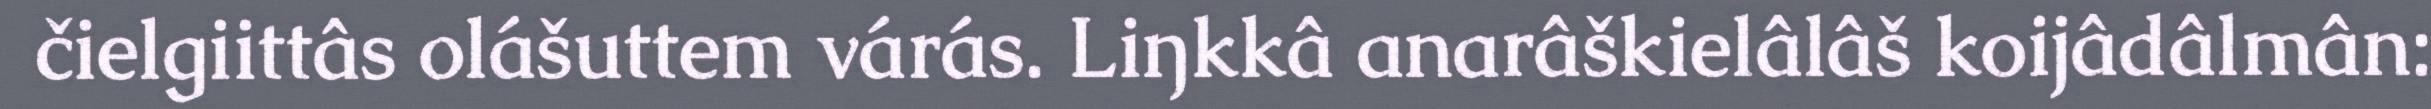
čielgiittâs olášuttem várás. Liŋkkâ anarâškielâlâš koijâdâlmân: